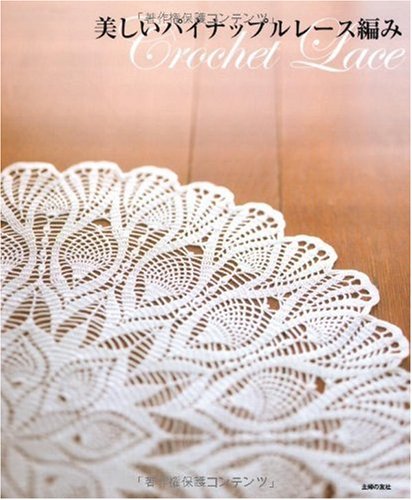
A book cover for Beautiful pineapple lacework-Crochet Lace ISBN: 4072704261 (2009) [Japanese Import]; Crafts, Hobbies & Home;